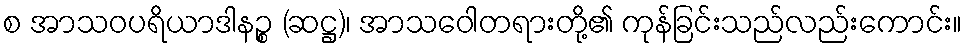
စ အာသဝပရိယာဒါနဉ္စ (ဆဋ္ဌ)၊ အာသဝေါတရားတို့၏ ကုန်ခြင်းသည်လည်းကောင်း။